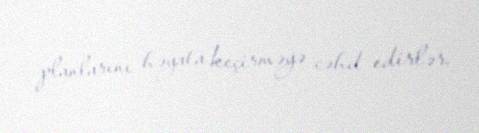
planlarını həyata keçirməyə cəhd edirlər.